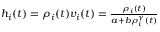
\begin{array} { r } { h _ { i } ( t ) = \rho _ { i } ( t ) v _ { i } ( t ) = \frac { \rho _ { i } ( t ) } { a + b \rho _ { i } ^ { \gamma } ( t ) } } \end{array}